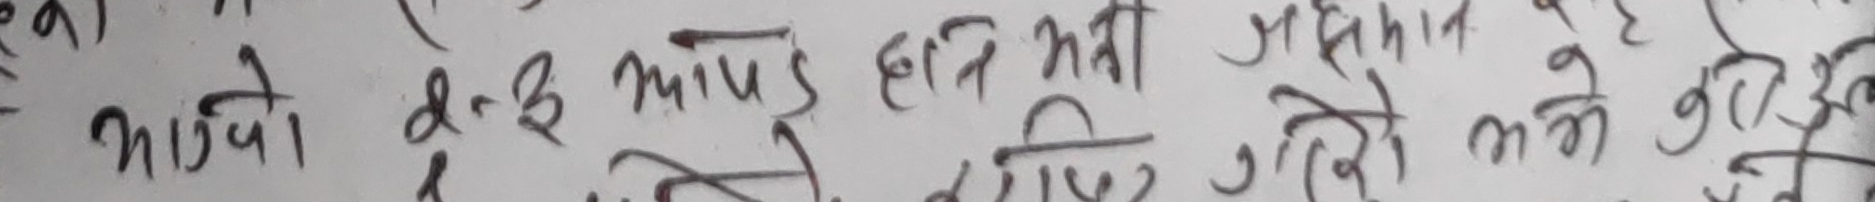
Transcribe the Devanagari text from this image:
अथवा α-β आयो हन्मही समान होने कोले